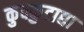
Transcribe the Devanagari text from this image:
कुक्कुटाद्या